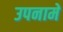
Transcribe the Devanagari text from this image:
उपनामे